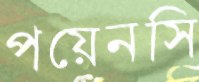
পয়েনসি